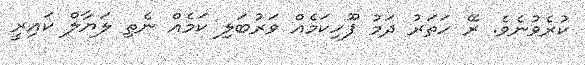
ކުރެވުނެވެ. ރޭ ހަތަރު ދަމު ފޫހިކަމެއް ވަރުބަލި ކަމެއް ނެތި ލަޔާލް ކައިރީ